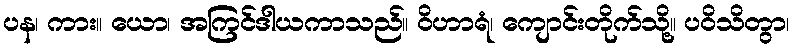
ပန၊ ကား။ ယော၊ အကြင်ဒါယကာသည်။ ဝိဟာရံ၊ ကျောင်းတိုက်သို့။ ပဝိသိတွာ၊